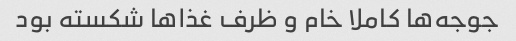
جوجه‌ها کاملا خام و ظرف غذا‌ها شکسته بود